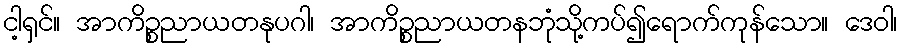
ငါ့ရှင်။ အာကိဉ္စညာယတနုပဂါ၊ အာကိဉ္စညာယတနဘုံသို့ကပ်၍ရောက်ကုန်သော။ ဒေဝါ၊